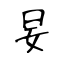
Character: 妟